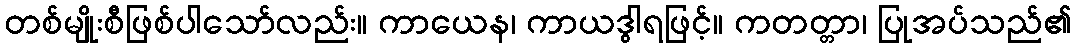
တစ်မျိုးစီဖြစ်ပါသော်လည်း။ ကာယေန၊ ကာယဒွါရဖြင့်။ ကတတ္တာ၊ ပြုအပ်သည်၏